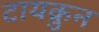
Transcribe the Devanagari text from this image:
टायक्रुन